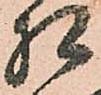
相